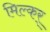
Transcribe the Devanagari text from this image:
मिल्कर्